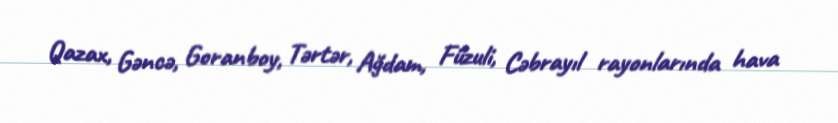
Qazax, Gəncə, Goranboy, Tərtər, Ağdam, Füzuli, Cəbrayıl rayonlarında hava